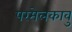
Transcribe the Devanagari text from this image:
परमेलकावु